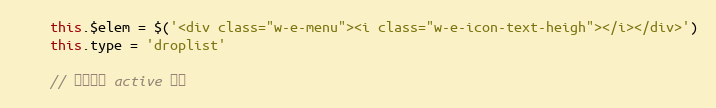
Language: JavaScript
    this.$elem = $('<div class="w-e-menu"><i class="w-e-icon-text-heigh"></i></div>')
    this.type = 'droplist'

    // 当前是否 active 状态